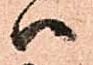
ハ